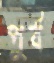
পুর্ব